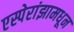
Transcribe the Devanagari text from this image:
एस्पेरांझामधून